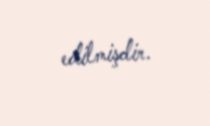
edilmişdir.